Report of the Hyderabad Chloroform Commission
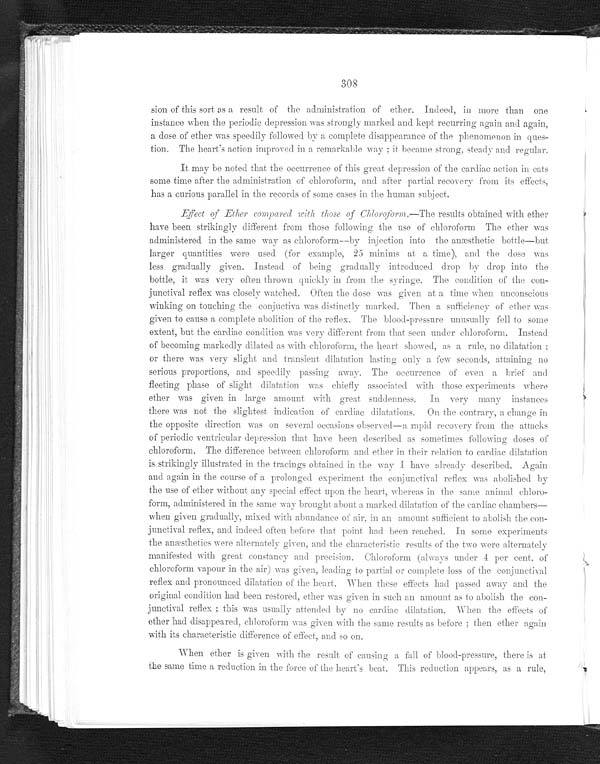
308
sion of this sort as a result of the administration of ether. Indeed, in more than one
instance when the periodic depression was strongly marked and kept recurring again and again,
a dose of ether was speedily followed by a complete disappearance of the phenomenon in ques
- t i o n . T h e h e a r t ' s a c t i o n i m p r o v e d i n a r e m a r k a b l e w a y ; i t b e c a m e s t r o n g , s t e a d y a n d r e g u l a r .
It may be noted that the occurrence of this great depression of the cardiac action in cats
some time after the administration of chloroform, and after partial recovery from its effects,
has a curious parallel in the records of some cases in the human subject.
Effect of Ether compared with those of Chloroform.
—
The results obtained with ether
have been strikingly different from those following the use of chloroform The ether was
administered in the same way as chloroform--by injection into the anæsthetic bottle—but
larger quantities were used (for example, 25 minims at a time), and the dose was
less gradually given. Instead of being gradually introduced drop by drop into the
bottle, it was very often thrown quickly in from the syringe. The condition of the con
-junctival reflex was closely watched. Often the dose was given at a time when unconscious
winking on touching the conjuctiva was distinctly marked. Then a sufficiency of ether was
given to cause a complete abolition on reflex. The blood-pressure unusually fell to some extent, but the cardiac condition was very different from that seen under chloroform. Instead
of becoming markedly dilated as with chloroform, the heart showed, as a rule, no dilatation
or there was very slight and transient dilatation lasting only a few seconds, attaining no
serious preportions, and Speedily passing away. The occurrence of even a brief and
fleeting phase of slight dilatation was chiefly associated with those experiments where
ether was given in large amount with great suddenness. In very many instances
there was not the slightest indication of cardiac dilatations. On the contrary, a change in
the opposite direction was on several occasions observed—a rapid recovery from the attacks
of periodic ventricular depression that have been described as sometimes following doses of
chloroform. The difference between chloroform and ether in their relation to cardiac dilatation
is strikingly illustrated in the tracings obtained in the way I have already described. Again
and again in the course of a prolonged experiment the conjunctival reflex was abolished by
the use of ether without any special effect upon the heart, whereas in the same chloro
-form, administered in the same way brought about a marked dilatation of the cardiac chambers
—
when given gradually, mixed with abundance of air, in an amount sufficient to abolish the con
-junctival reflex, and indeed often before that point had been reached. In some experiments
the anæsthetics were alternately given, and the characteristic results of the two were alternately
manifested with great constancy and precision. Chloroform (always under 4 per cent. of
chloroform vapour in the air) was given, leading to partial or complete loss of the conjunctival
reflex and pronounced dilatation of the heart. When these effects had passed away and the
original condition had been restored, ether was given in such an amount as to abolish the con
-junctival reflex; this was usually attended by no cardiac dilatation. When the effects of
ether had disappeared, chloroform was given with the same results as before; then ether again
with its characteristic difference of effect, and so on.
When ether is given with the result of causing a fall of blood-pressure, there is at
the same time a reduction in the force of the heart's beat. This reduction appears, as a rule,